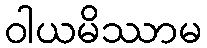
ဝါယမိဿာမ